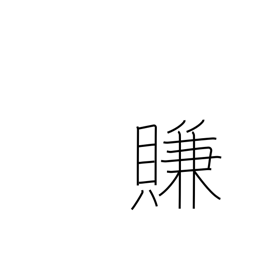
Meaning: coax